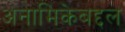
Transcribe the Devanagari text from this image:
अनामिकेबद्दल